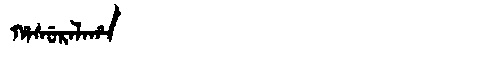
Manchu: ᡥᠠᠰᡠᡵᠠᠯᠠᡥᠠ
Romanization: HASURALAHA